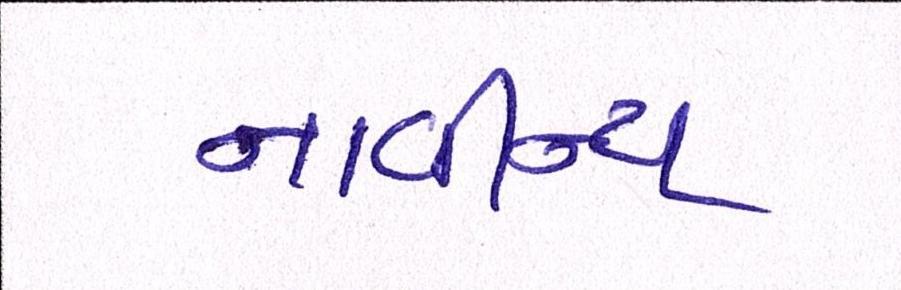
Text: નાવીન્ય